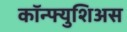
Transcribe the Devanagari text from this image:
कॉन्फ्युशिअस